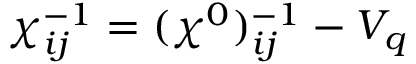
\chi _ { i j } ^ { - 1 } = ( \chi ^ { 0 } ) _ { i j } ^ { - 1 } - V _ { q }